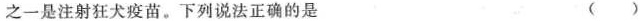
之一是注射狂犬疫苗。下列说法正确的是（）